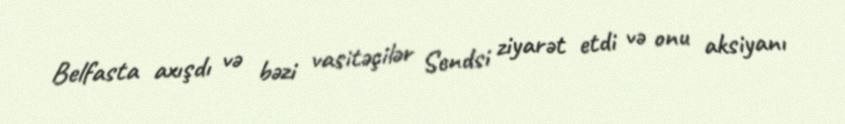
Belfasta axışdı və bəzi vasitəçilər Sendsi ziyarət etdi və onu aksiyanı